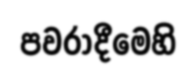
පවරාදීමෙහි